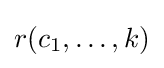
r(c_{1},\ldots ,k)